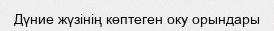
Дүние жүзінің көптеген оку орындары